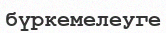
бүркемелеуге